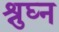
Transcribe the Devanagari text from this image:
श्रुघ्न